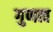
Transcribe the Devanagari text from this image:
गुणत्व